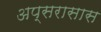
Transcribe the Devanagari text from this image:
अप्सरासास